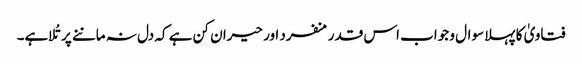
فتاویٰ کا پہلا سوال و جواب اس قدر منفرد اور حیران کن ہے کہ دل نہ ماننے پر تُلا ہے۔